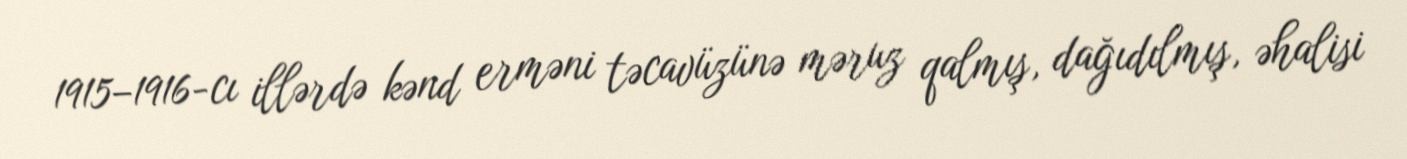
1915–1916-cı illərdə kənd erməni təcavüzünə məruz qalmış, dağıdılmış, əhalisi